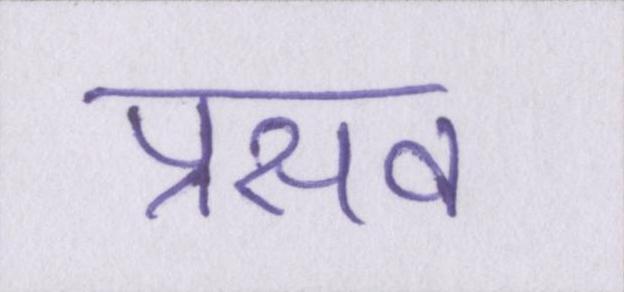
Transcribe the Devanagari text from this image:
प्रसव